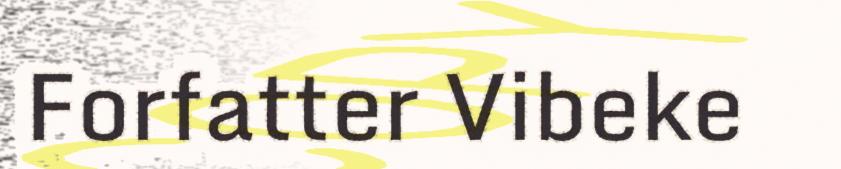
Forfatter Vibeke